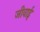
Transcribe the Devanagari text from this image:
जीवाई